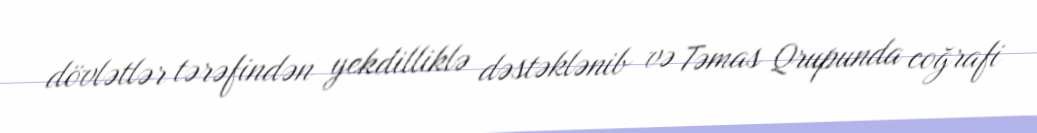
dövlətlər tərəfindən yekdilliklə dəstəklənib və Təmas Qrupunda coğrafi